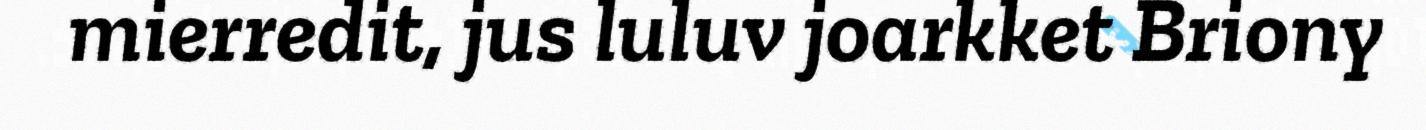
mierredit, jus luluv joarkket Briony